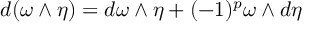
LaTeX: d ( \omega \wedge \eta ) = d \omega \wedge \eta + ( - 1 ) ^ { p } \omega \wedge d \eta